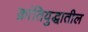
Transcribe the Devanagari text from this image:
क्रांतियुद्धातील